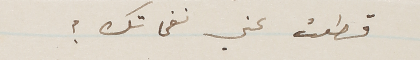
قطعت عني نفحاتك؟